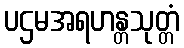
ပဌမအရဟန္တသုတ္တံ